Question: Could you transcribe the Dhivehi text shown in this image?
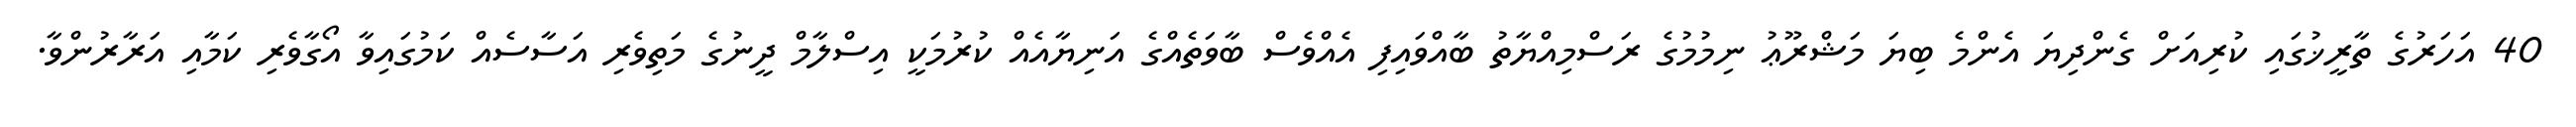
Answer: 40 އަހަރުގެ ތާރީޚުގައި ކުރިއަށް ގެންދިޔަ އެންމެ ބިޔަ މަޝްރޫޢު ނިމުމުގެ ރަސްމިއްޔާތު ބާއްވައިފި އެއްވެސް ބާވަތެއްގެ އަނިޔާއެއް ކުރުމަކީ އިސްލާމް ދީނުގެ މަތިވެރި އަސާސެއް ކަމުގައިވާ އޯގާވެރި ކަމާއި އަރާރުންވާ.